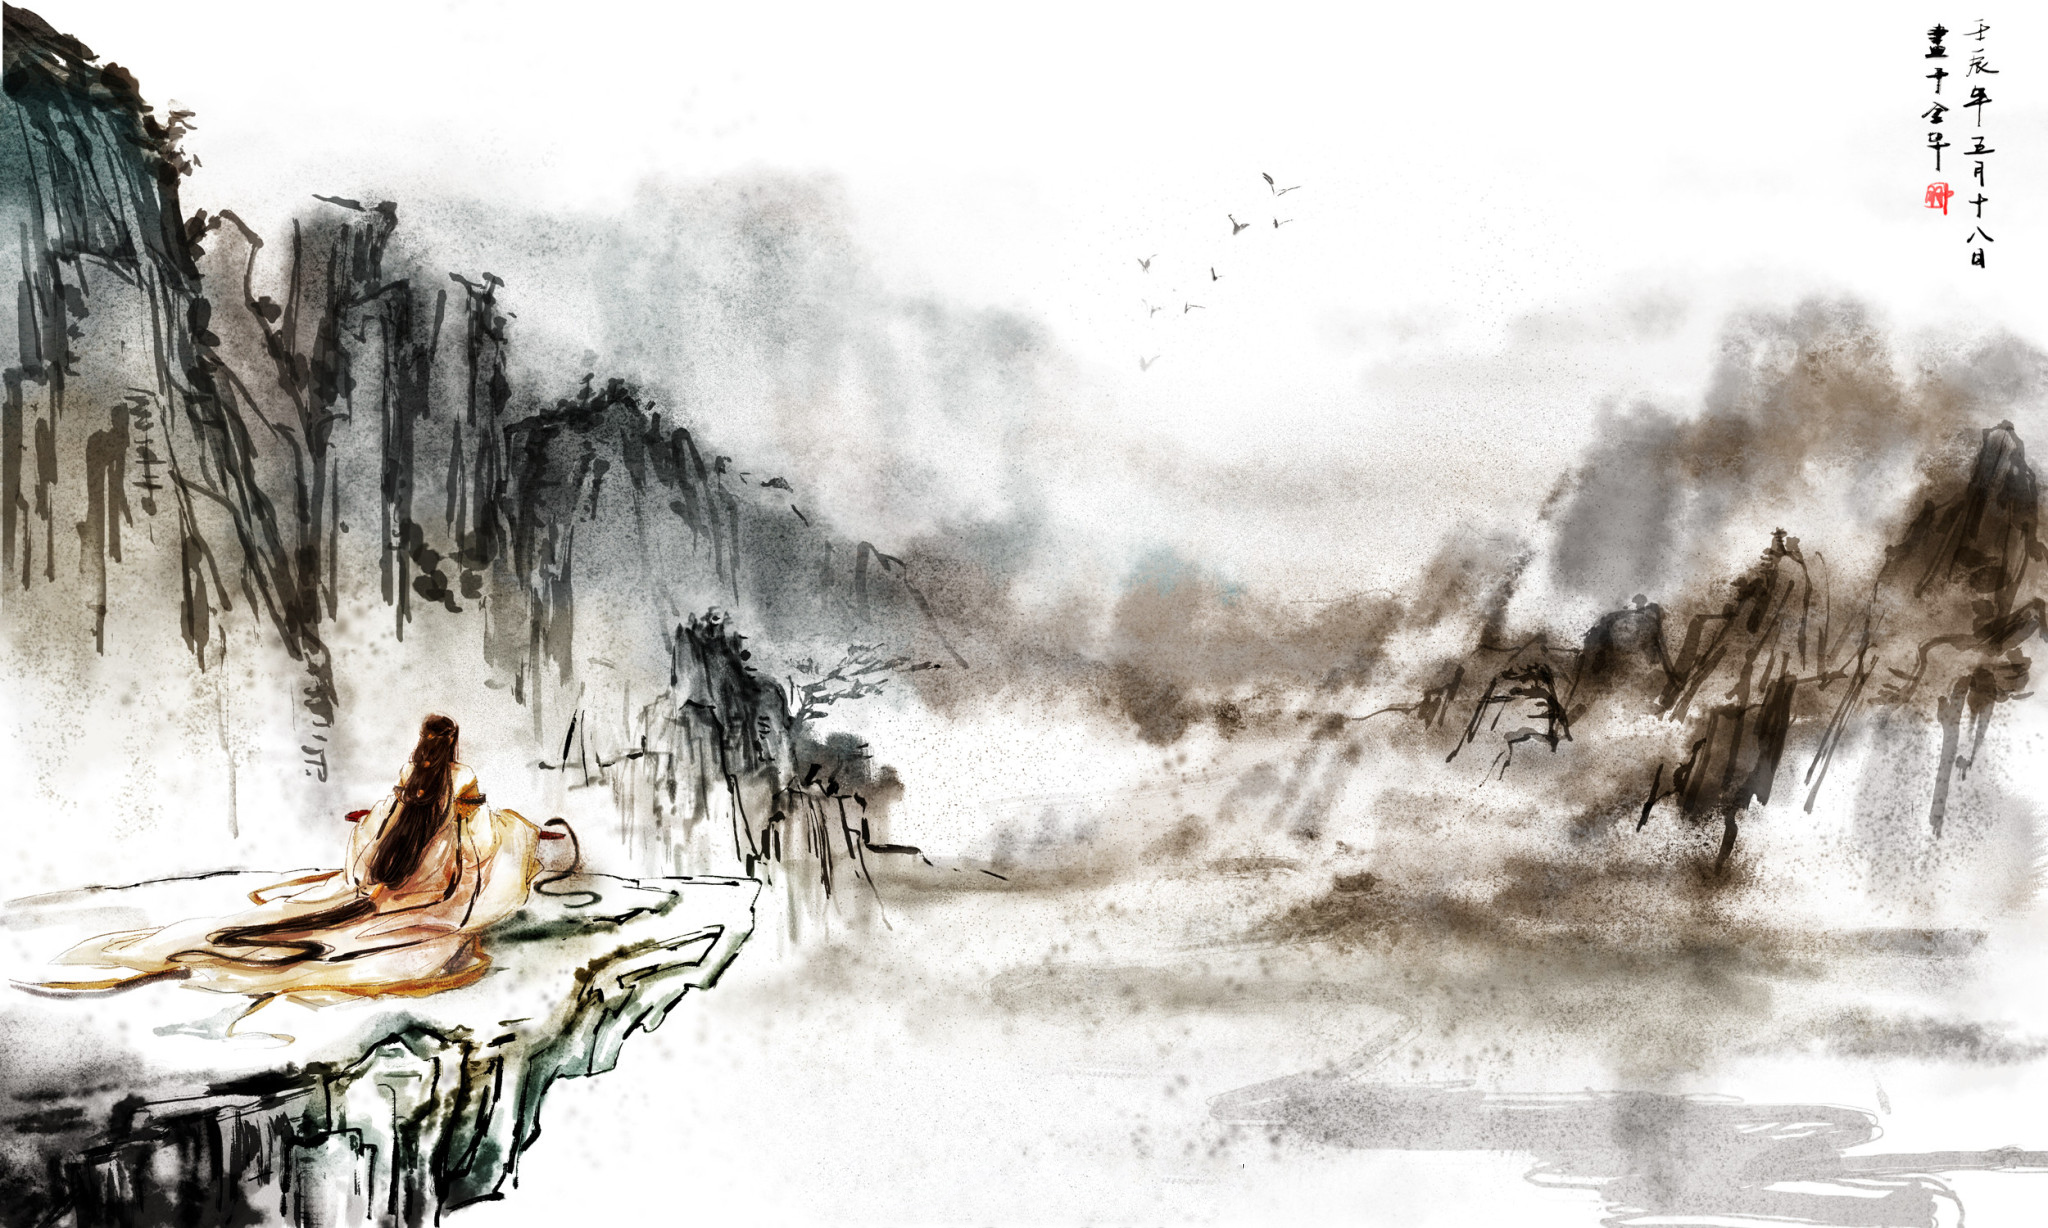
悲吟雨雪动林木，放书辍剑思高堂。